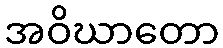
အဝိဃာတော